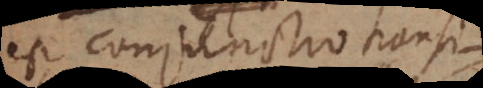
est conjunctio transitionis